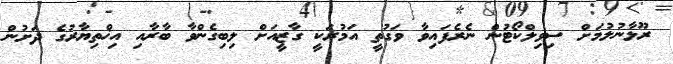
ރޫޅާނުލުމަށް ސިވިލްކޯޓުން ނެރެފައިވާ ވަގުތީ އަމުރަކީ ގާޒީއަށް ލިބިގެންވާ ބާރާއި އިޚްތިޔާރުގެ ދަށުން